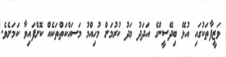
ވަޒީފާތަކުގައި އުޅޭ ބިދޭސީންގެ އަދަދު މަދު ކުރުމަށް މުހިއްމު މަސައްކަތްތަކެއް ކޮށްފައިވާ ކަމަށެވެ.